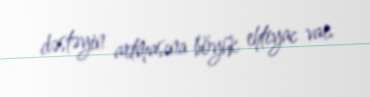
dəstəyin artmasına böyük ehtiyac var.